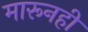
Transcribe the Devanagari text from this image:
मारूनही